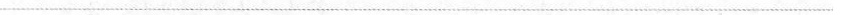
___